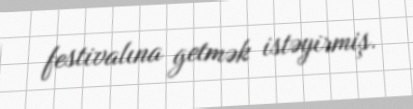
festivalına getmək istəyirmiş.